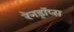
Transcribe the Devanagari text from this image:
रेनड्रॉप्स